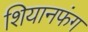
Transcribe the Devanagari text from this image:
शियानफंग